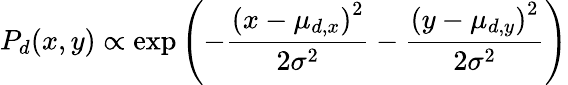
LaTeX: P_{d}(x,y)\propto\mathrm{exp}\left(-\frac{\left(x-\mu_{d,x}\right)^{2}}{2\sigma^{2}}-\frac{\left(y-\mu_{d,y}\right)^{2}}{2\sigma^{2}}\right)